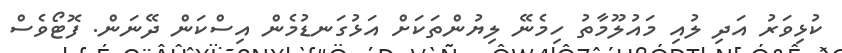
ކުޅިވަރު އަދި ލުއި މައުލޫމާތު ހިމެނޭ ލިޔުންތަކަށް އަޅުގަނޑުމެން އިސްކަން ދޭނަން. ފޮޓޯވެސް